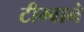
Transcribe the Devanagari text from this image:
टीम्बाने